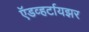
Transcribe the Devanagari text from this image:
ऍडव्हर्टायझर